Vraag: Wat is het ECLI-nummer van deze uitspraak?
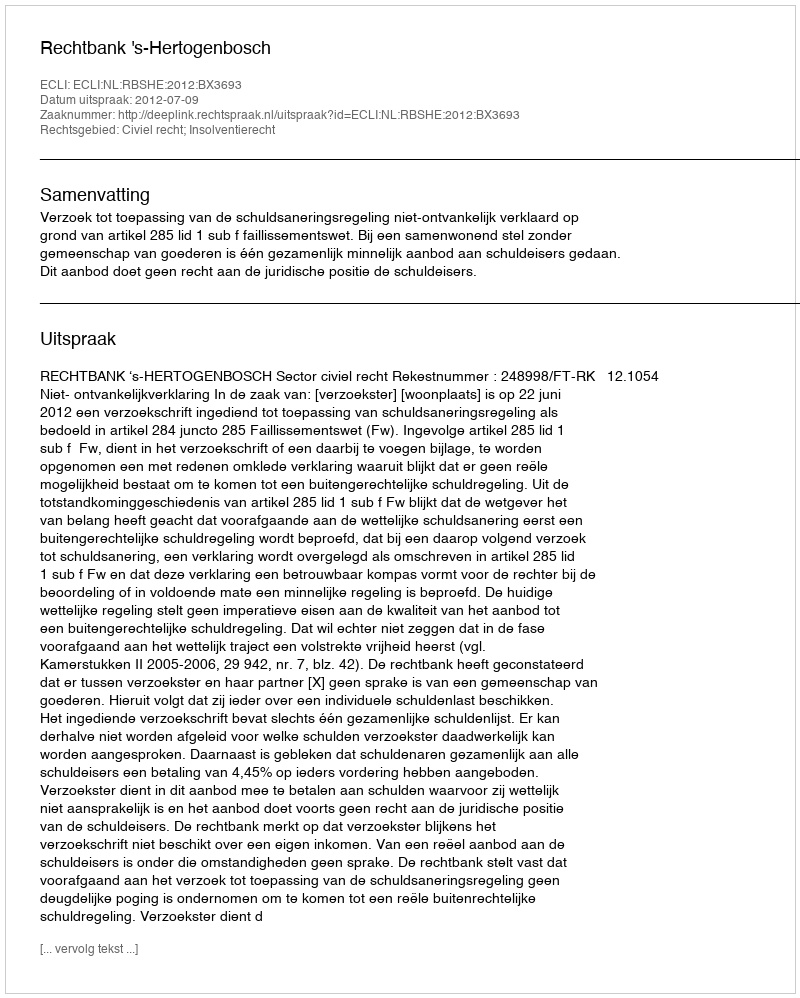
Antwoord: ECLI:NL:RBSHE:2012:BX3693